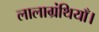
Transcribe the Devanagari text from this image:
लालाग्रंथियाँ।